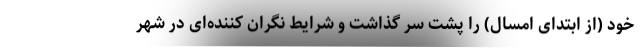
خود (از ابتدای امسال) را پشت سر گذاشت و شرایط نگران کننده‌ای در شهر